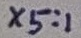
Text: X5:1